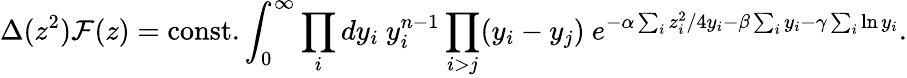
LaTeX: \Delta(z^{2}){\cal F}(z)=\mathrm{const.}\int_{0}^{\infty}\prod_{i}dy_{i}~y_{i}^{n-1}\prod_{i>j}(y_{i}-y_{j})~e^{-\alpha\sum_{i}z_{i}^{2}/4y_{i}-\beta\sum_{i}y_{i}-\gamma\sum_{i}\ln y_{i}}.